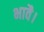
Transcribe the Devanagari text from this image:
भावै।